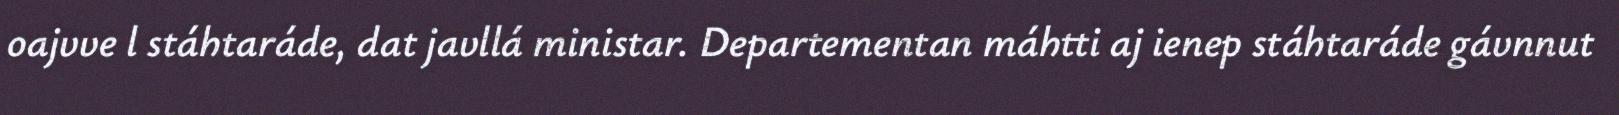
oajvve l stáhtaráde, dat javllá ministar. Departementan máhtti aj ienep stáhtaráde gávnnut